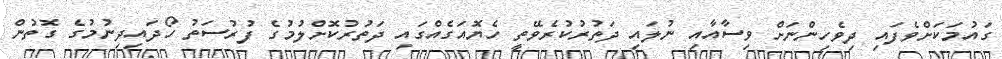
ގައުމަކަށްވެފައި ދިވެހިންނަށް ވިސާއާއި ނުލައި ދަތުރުކުރެވޭތީ ހެޔޮއަގެއްގައި ދަތުރުކޮށްލުމުގެ ފުރުސަތު ހޯދައިދިނުމުގެ ގޮތުން